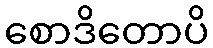
စောဒိတောပိ